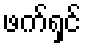
ဖက်ရှင်